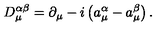
D _ { \mu } ^ { \alpha \beta } = \partial _ { \mu } - i \left( a _ { \mu } ^ { \alpha } - a _ { \mu } ^ { \beta } \right) .